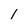
Character: l